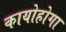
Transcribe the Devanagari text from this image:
कायोहोगा